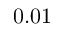
0 . 0 1